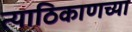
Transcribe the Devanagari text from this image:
त्याठिकाणच्या